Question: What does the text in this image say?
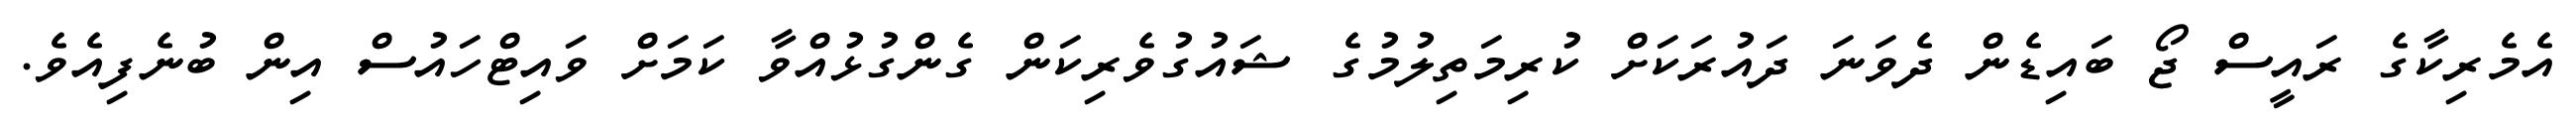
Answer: އެމެރިކާގެ ރައީސް ޖޯ ބައިޑެން ދެވަނަ ދައުރަކަށް ކުރިމަތިލުމުގެ ޝައުގުވެރިކަން ގެންގުޅުއްވާ ކަމަށް ވައިޓްހައުސް އިން ބުނެފިއެވެ.